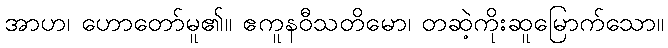
အာဟ၊ ဟောတော်မူ၏။ ဧကူနဝီသတိမော၊ တဆဲ့ကိုးဆူမြောက်သော။